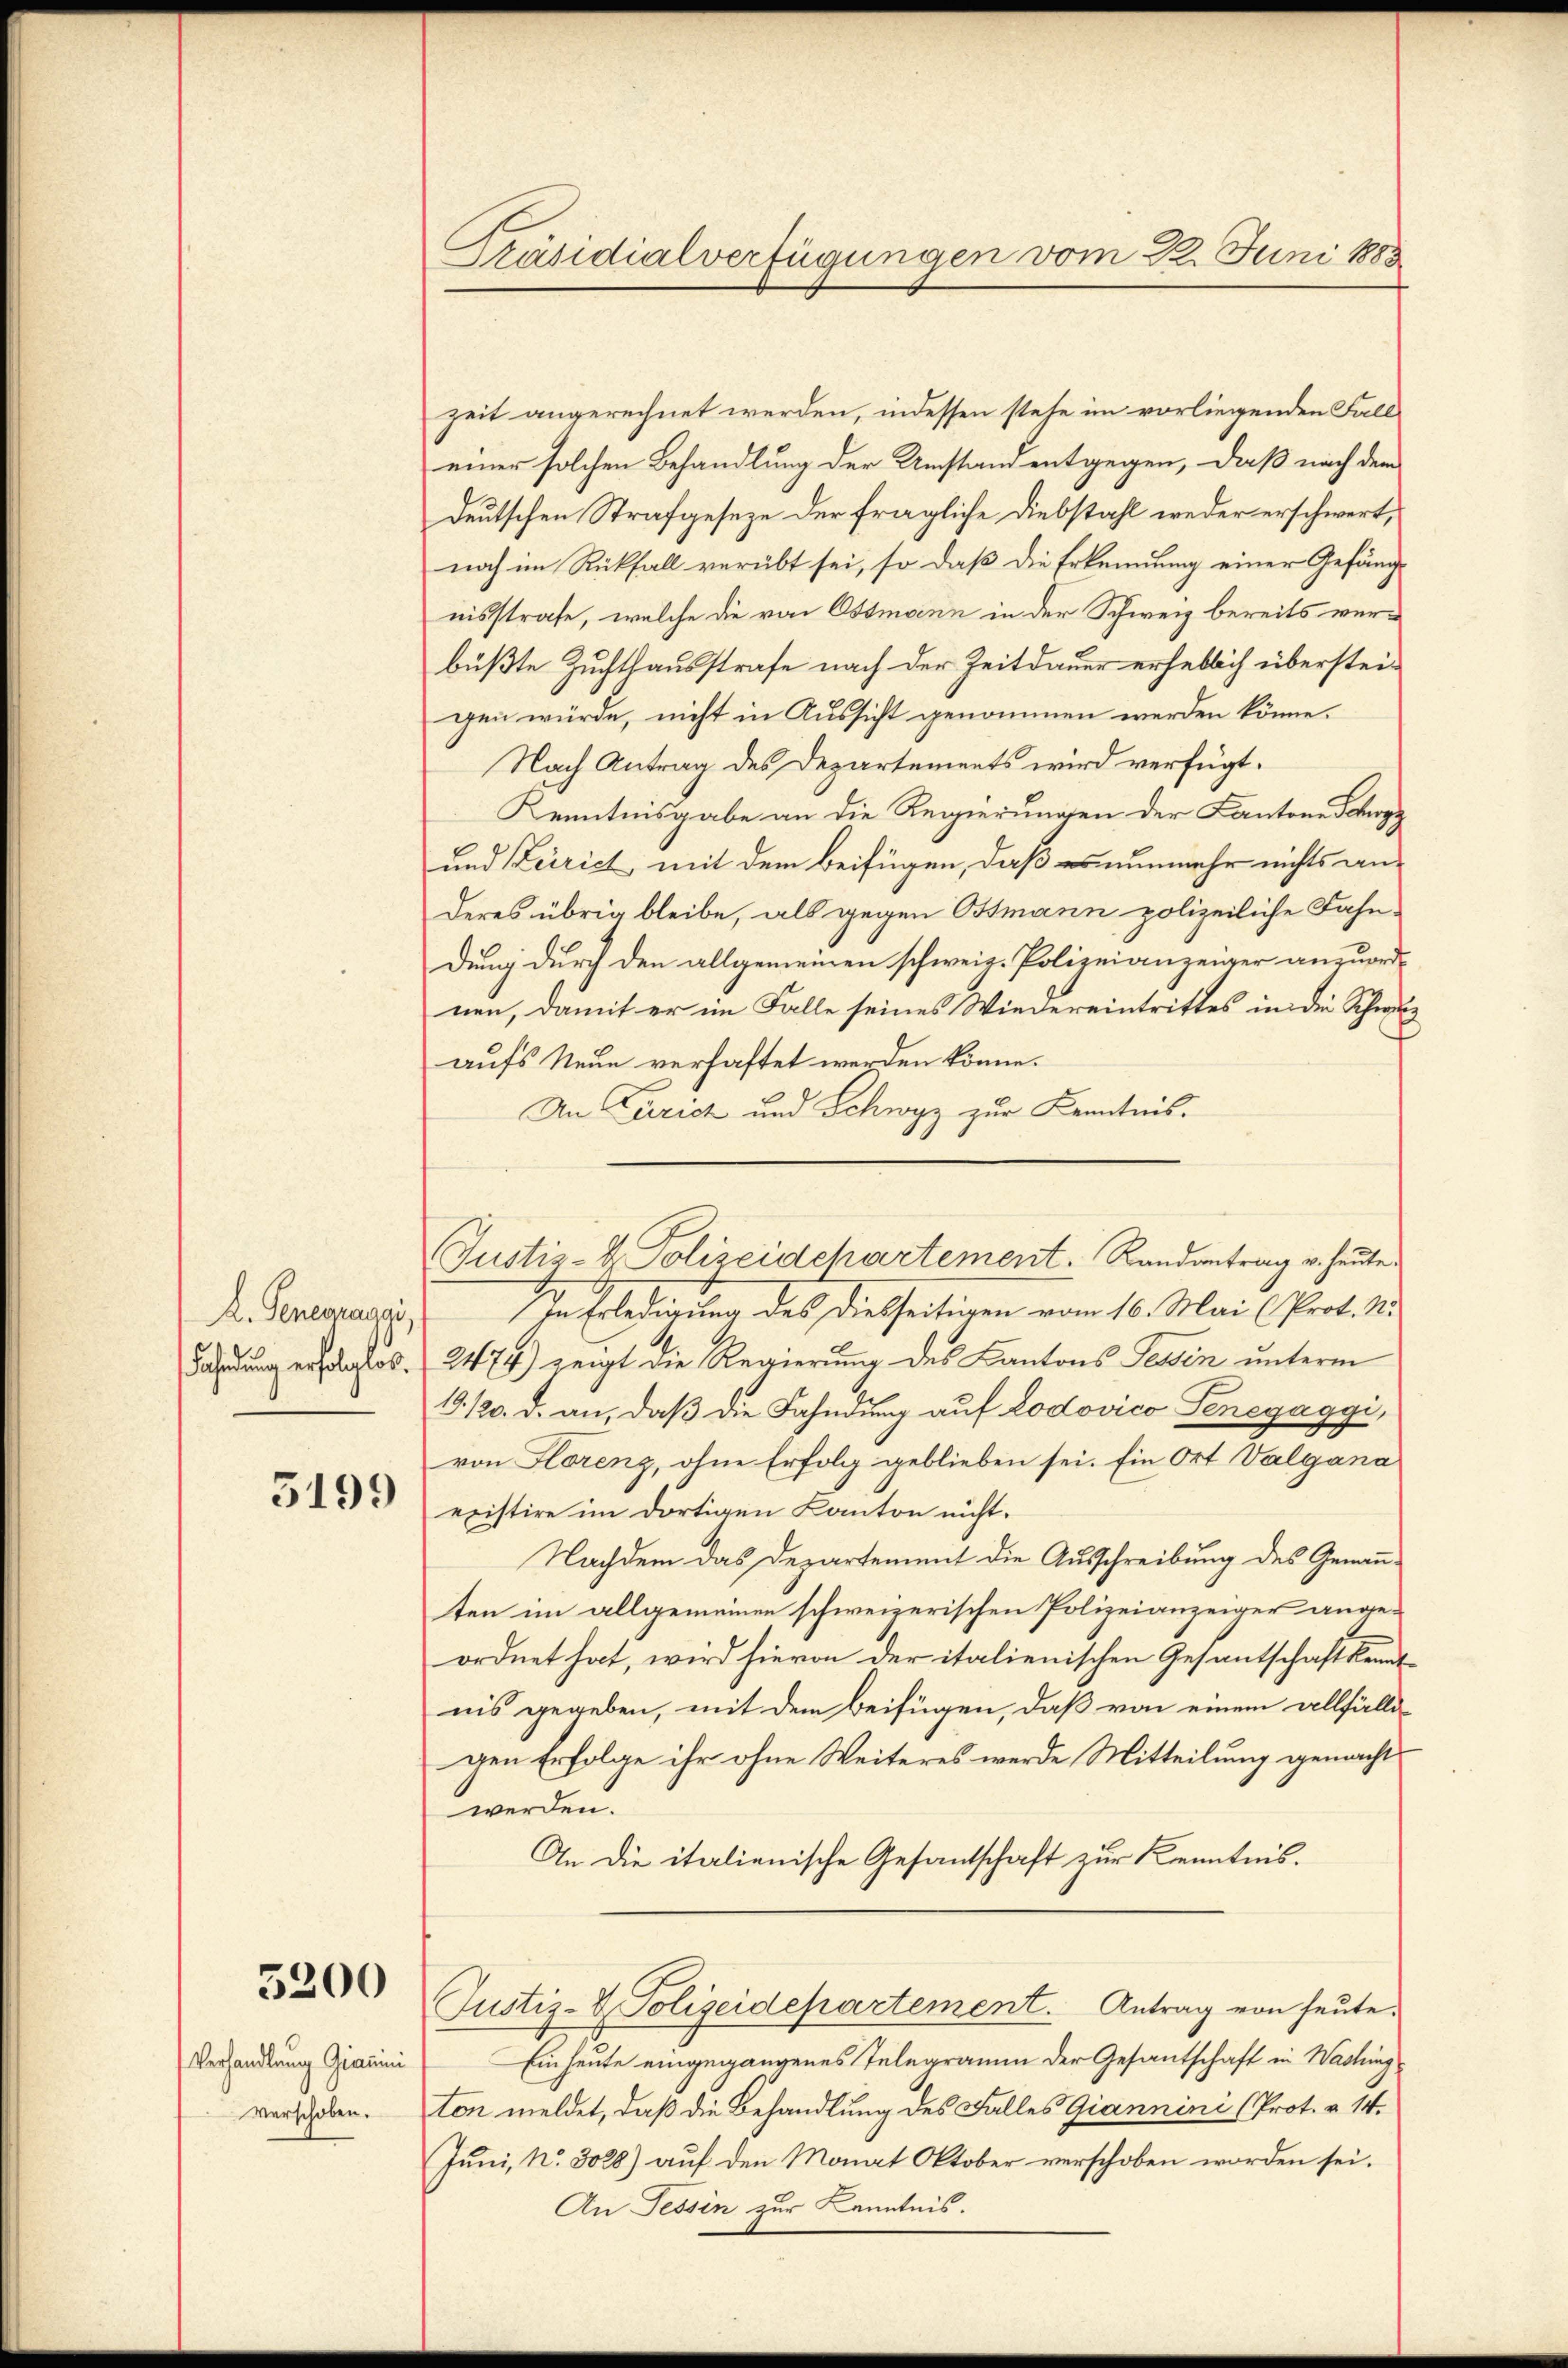
K. Generzaggi,

5199

5200

Verhandlung Giauini
verschoben.

Präsidialverfügungen vom 22. Juni 1883

Justiz- & Polizeidchartement. Randantrag v. heute.

zeit angerechnet werden, indessen stehe im vorliegenden Fall
einer solchen Behandlung der Umstand entgegen, daß nach dem
deutschen Strafgeseze der fragliche Diebstahl weder erschwert,
noch im Rückfall verübt sei, so daß die Erkennung einer Gefängnisstrafe, welche die von Ossmann in der Schweiz bereits verbüßte Zuchthausstrafe nach der Zeitdauer erheblich übersteigen würde, nicht in Aussicht genommen werden könne.
Nach Antrag des Departements wird verfügt:
Kenntnisgabe an die Regierungen der Kantone Schre
und Leirich, mit dem Beifügen, daß es nunmehr nichts anderes übrig bleibe, als gegen Ostmann polizeiliche Fahn-
dung durch den allgemeinen schweiz. Polizeianzeiger anzuordnen, damit er im Falle seines Wiedereintrittes in die Schweiz
aufs Neue verhaftet werden könne.
An Curich und Schwyz zur Kenntnis.
In Erledigung des dießseitigen vom 16. Mai (Prof. M
Fahndung erfolglos. 2474) zeigt die Regierung des Cantons Tessen unterm
19. 120. d. an, daβ die Fahndung auf Lodovico Seneyaggi,
von Horenz, ohne Erfolg geblieben sei. Ein Ort Valgana
existire im dortigen Kanton nicht.
Nachdem das Departement die Ausschreibung des Genannten im allgemeinen schweizerischen Polizeianzeiger angeordnet hat, wird hievon der italienischen Gesantschaft kennt
nis gegeben, mit dem Beifügen, daß von einem allfälli-
gen Erfolge ihr ohne Weiteres werde Mitteilung gemacht
werden.
An die italienische Gesantschaft zur Kenntnis.
Justiz- & Polizeidepartement. Antrag von heute.
Ein heute eingegangenes Telegramm der Gesantschaft in Washing
ton meldet, daß die Behandlung des Falles Giannini (Prot. v. 14.
Juni, No. 3028) auf den Monat Oktober verschoben worden sei.
An Tessin zur Kenntnis.